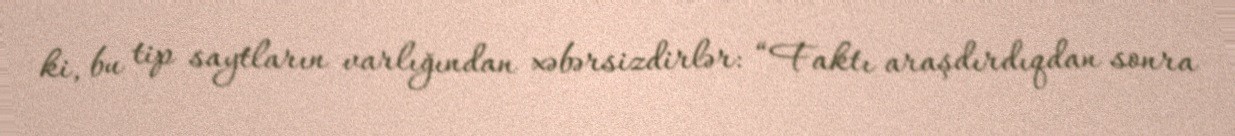
ki, bu tip saytların varlığından xəbərsizdirlər: “Faktı araşdırdıqdan sonra